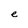
Character: e